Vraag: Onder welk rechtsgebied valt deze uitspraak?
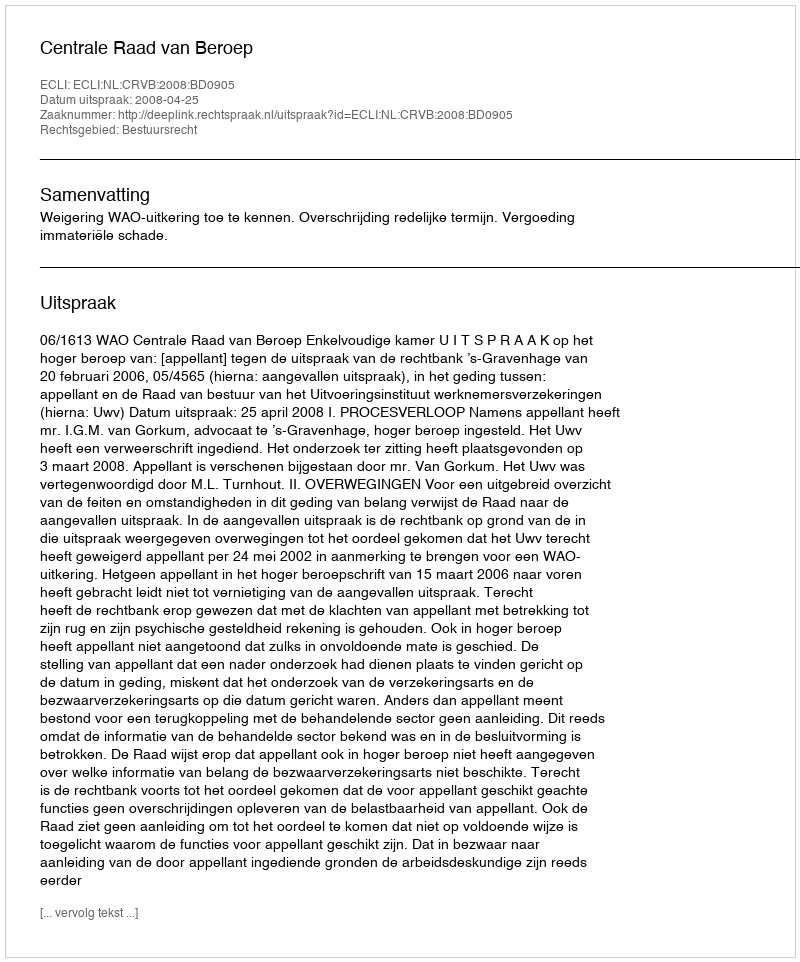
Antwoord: Bestuursrecht